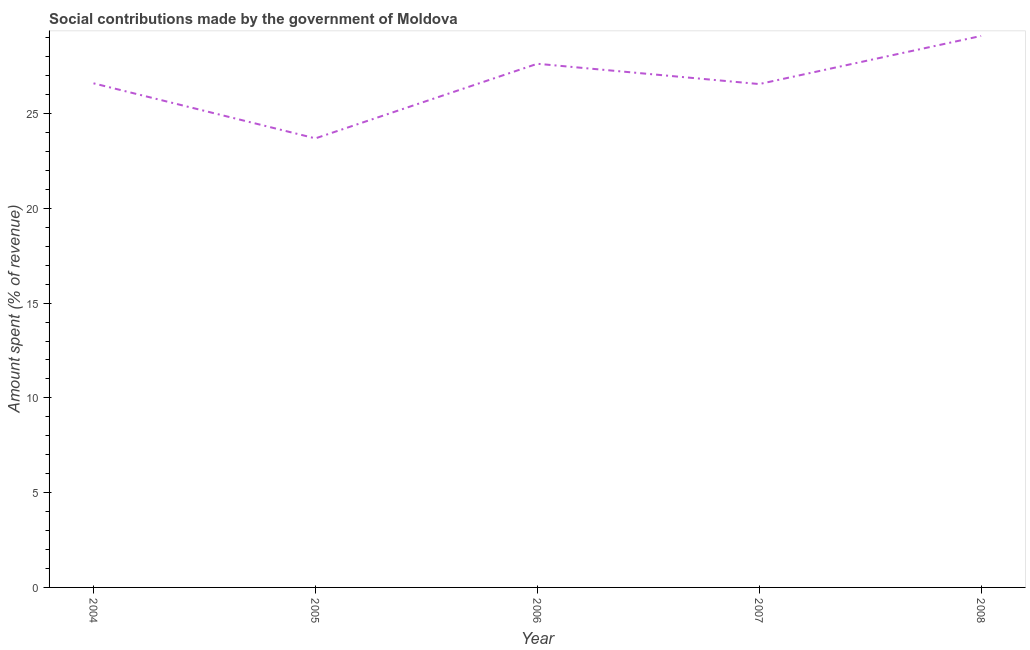
| Year | Social contributions |
 | --- | --- |
 | 2004 | 26.6 |
 | 2005 | 23.7 |
 | 2006 | 27.6 |
 | 2007 | 26.6 |
 | 2008 | 29.1 |